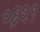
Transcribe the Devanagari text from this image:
०६२१